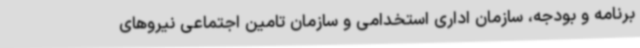
برنامه و بودجه، سازمان اداری استخدامی و سازمان تامین اجتماعی نیروهای